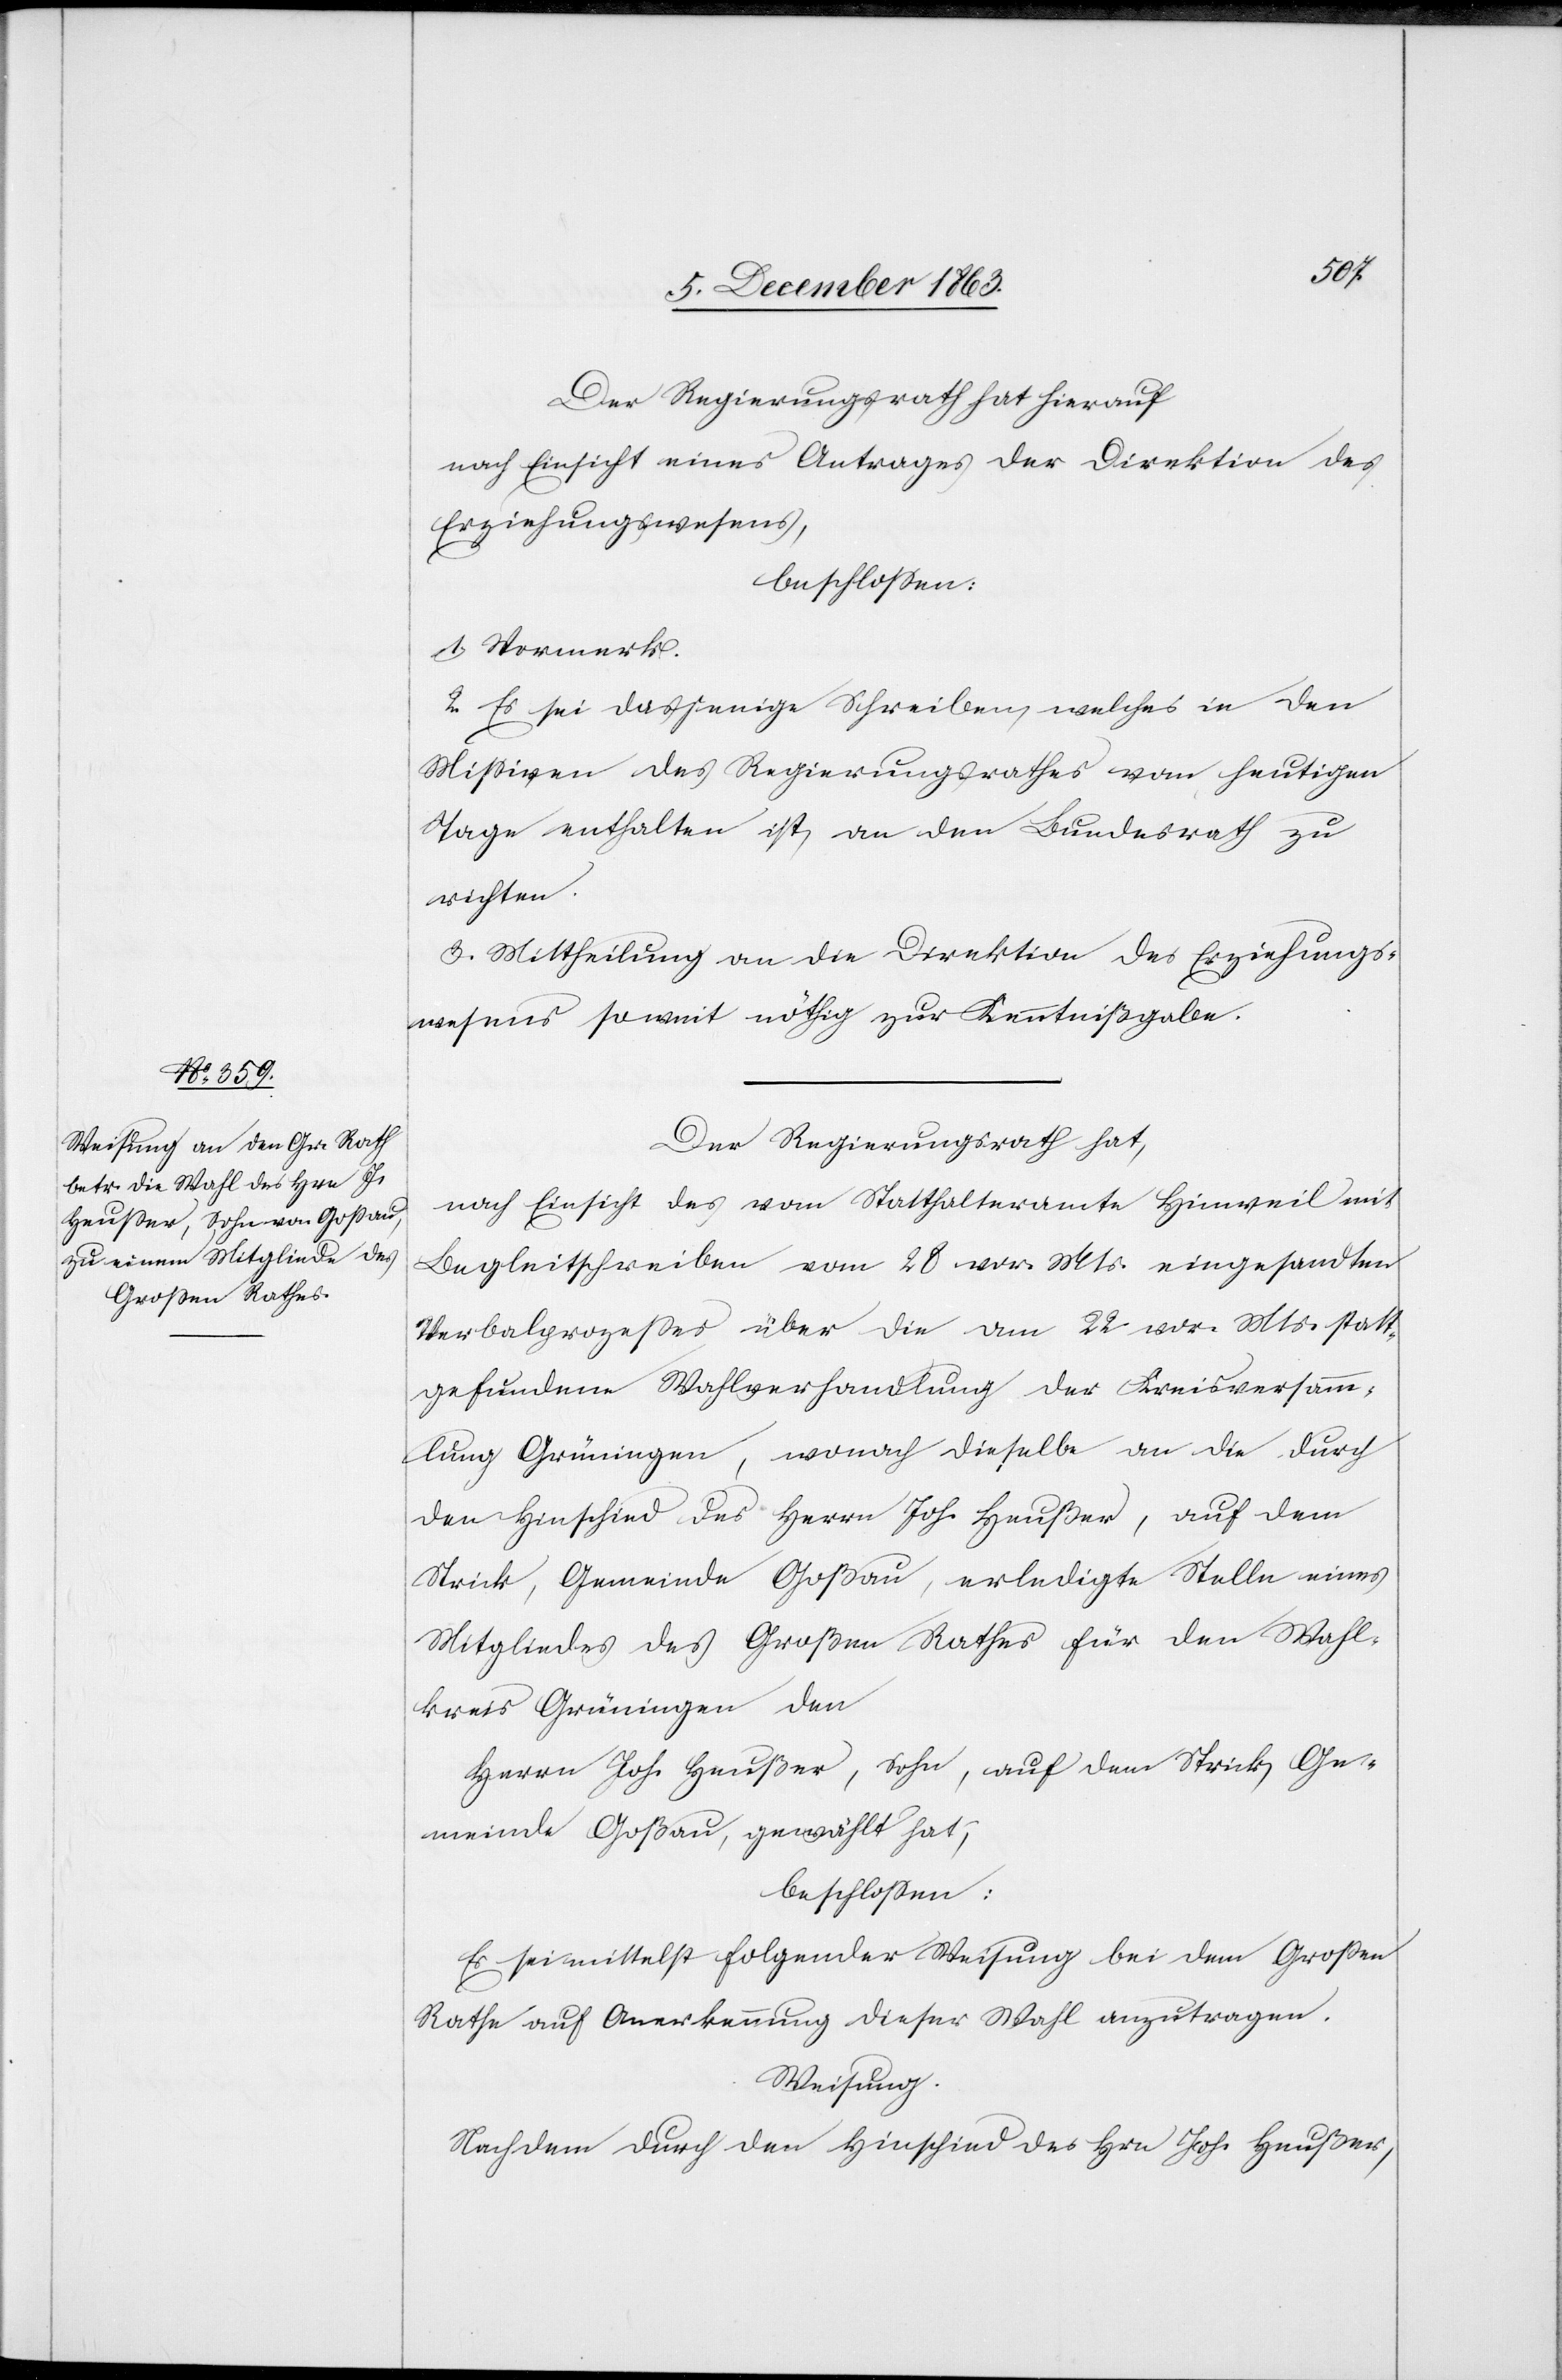
Der Regierungsrath hat hierauf
nach Einsicht eines Antrages der Direktion des
Erziehungswesens,
beschlossen:
1. Vormerk.
2. Es sei dasjenige Schreiben, welches in den
Missiven des Regierungsrathes vom heutigen
Tage enthalten ist, an den Bundesrath zu
richten.
3. Mittheilung an die Direktion des Erziehungs¬
wesens soweit nöthig zur Kenntnißgabe.
Der Regierungsrath hat,
nach Einsicht des vom Statthalteramte Hinweil mit
Begleitschreiben vom 28 vor. Mts. eingesandten
Verbalprozesses über die am 22. vor. Mts. statt¬
gefundene Wahlverhandlung der Kreisversamm¬
lung Grüningen, wonach dieselbe an die durch
den Hinschied des Herrn Joh. Heußer, auf dem
Strick, Gemeinde Goßau, erledigte Stelle eines
Mitgliedes des Großen Rathes für den Wahl¬
kreis Grüningen den
Herrn Joh. Heußer, Sohn, auf dem Strick, Ge¬
meinde Goßau, gewählt hat,
beschlossen:
Es sei mittelst folgender Weisung bei dem Grossen
Rathe auf Anerkennung dieser Wahl anzutragen.
Weisung.
Nachdem durch den Hinschied des Hrn Joh. Heußer,